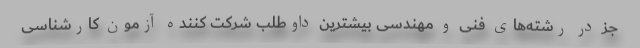
جز در رشته‌های فنی و مهندسی بیشترین داوطلب شرکت کننده آزمون کارشناسی